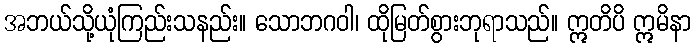
အဘယ်သို့ယုံကြည်းသနည်း။ သောဘဂဝါ၊ ထိုမြတ်စွားဘုရာသည်။ ဣတိပိ ဣမိနာ